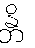
န္တိ